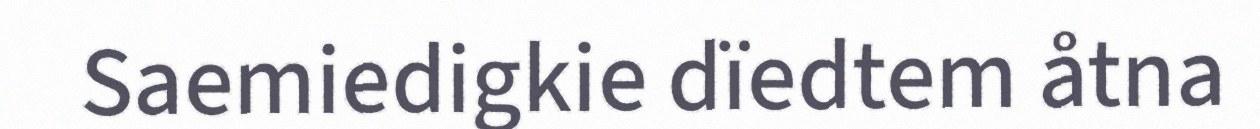
Saemiedigkie dïedtem åtna